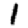
Digit: 1